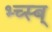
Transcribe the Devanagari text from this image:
भ्च्स्ब्